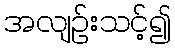
အလျဉ်းသင့်၍